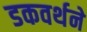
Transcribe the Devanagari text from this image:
डकवर्थने